Vaccination in Bombay 1924-1928 - 1924-1928
Year: 1924
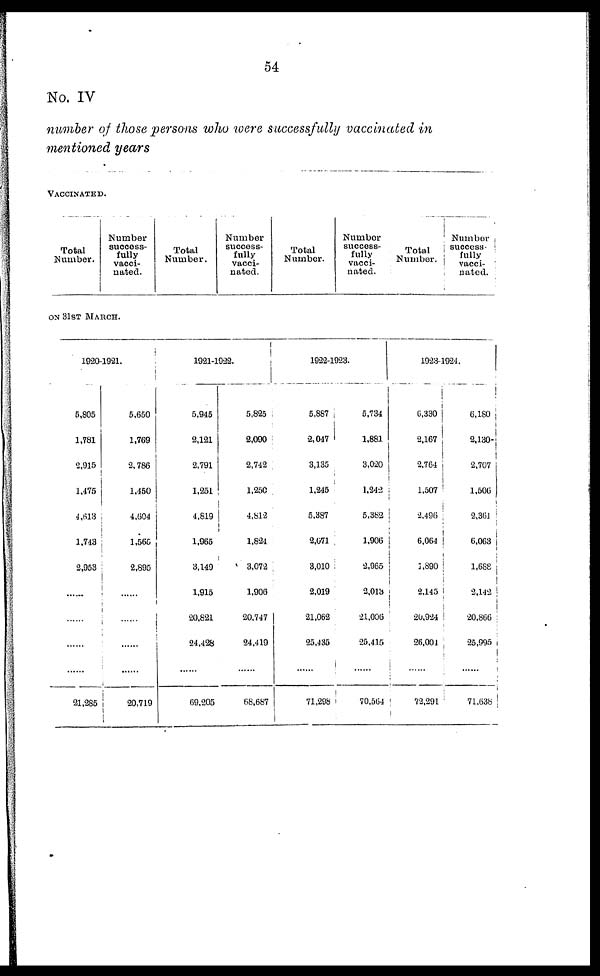
54
No. IV
number of those persons who were successfully vaccinated in
mentioned years
VACCINATED.
Total
Number.
Number
success-
fully
vacci-
nated.
Total
Number.
Number
success-
fully
vacci-
nated.
Total
Number.
Number
success-
fully
vacci-
nated.
Total
Number.
Numbor
success-
fully
vacci-
nated.
ON 31ST MARCH.
1920-1921.
5,805
1,781
2,915
1,475
4,613
1,743
2,953
......
......
......
21,285
5,650
1,769
2,786
1,450
4,604
1,565
2,895
......
......
......
......
20,719
1921-1922.
5,945
2,121
2,791
1,251
4,819
1,965
3,149
1,915
20,821
24,428
......
69,205
5,825
2,090
2,742
1,250
4,812
1,824
3,072
1,906
20,747
24,419
......
68,687
1922-1923.
5,887
2,047
3,135
1,245
5,387
2,671
3,010
2,019
21,062
25,435
......
71,298
5,734
1,881
3,020
1,242
5,382
1,906
2,965
2,013
21,006
25,415
......
70,564
1923-1924.
6,330
2,167
2,764
1,507
2,496
6,064
1,890
2,145
20,924
26,001
......
72,291
6,880
2,130
2,707
1,506
2,361
6,063
1,688
2,142
20,866
25,995
......
71,638